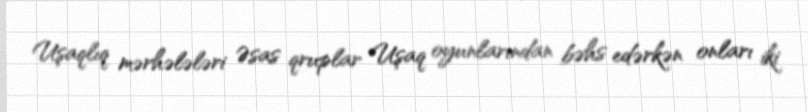
Uşaqlıq mərhələləri Əsas qruplar Uşaq oyunlarından bəhs edərkən onları iki